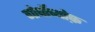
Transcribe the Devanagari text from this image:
गोर्बोच्योफ़